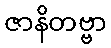
ဇာနိတဗ္ဗာ